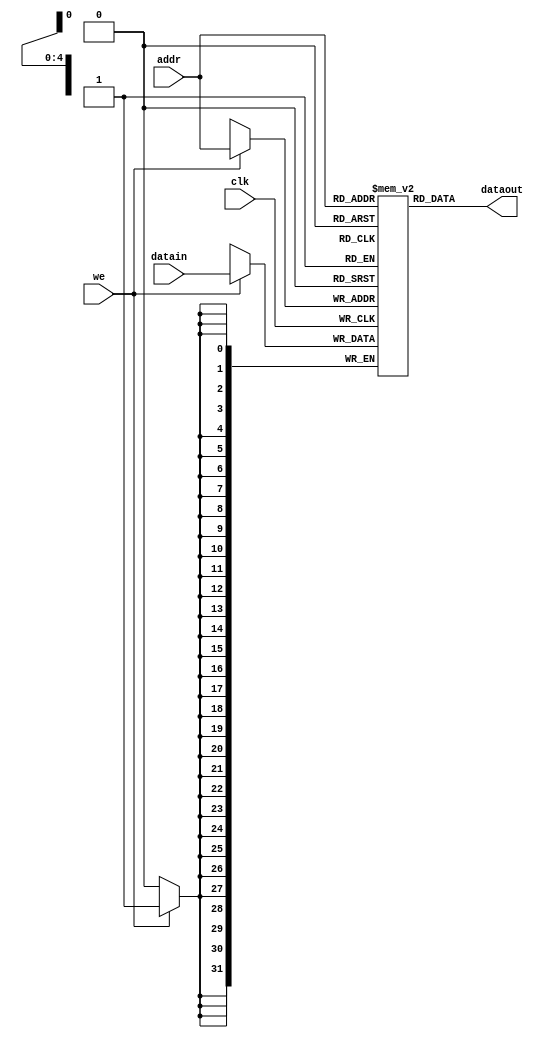
`timescale 1ns / 1ps
//////////////////////////////////////////////////////////////////////////////////
// Company: 
// Engineer: 
// 
// Design Name: 
// Module Name:    MEM_STAGE 
// Project Name: 
// Target Devices: 
// Tool versions: 
// Description: 
//
// Dependencies: 
//
// Revision: 
// Revision 0.01 - File Created
// Additional Comments: 
//
//////////////////////////////////////////////////////////////////////////////////
module MEM_STAGE(we,addr,datain,clk,dataout
    );
	 input [31:0] datain;
	 input [4:0] addr;
	 input clk,we;
	 output [31:0] dataout;
	 reg [31:0] ram [0:31];
	 assign dataout=ram[addr];		//
	 always @(posedge clk)begin
	 if(we)ram[addr]=datain;
	 end
	 
	 integer i;
	 initial begin		//
	 for(i=0;i<32;i=i+1)			//	
	    ram[i]=0;
	 ram[5'h01]=32'h0000000a;		//
	 ram[5'h02]=32'h0000000b;
	 ram[5'h03]=32'h0000000c;
	 ram[5'h04]=32'h0000000d;

		 end
endmodule